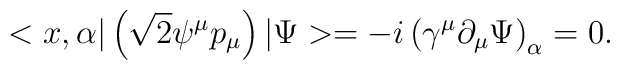
<x,\alpha |\left( \sqrt{2}\psi ^\mu p_\mu \right) |\Psi >=-i\left( \gamma^\mu \partial _\mu \Psi \right) _\alpha =0.